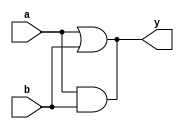
module test_ckt_1
(input a,b,
output reg y);

always @(a,b)
	#0 y = a&b;
always @(a,b)
	y = a|b;

endmodule